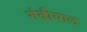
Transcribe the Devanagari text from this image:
गंढीयाल